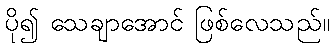
ပို၍ သေချာအောင် ဖြစ်လေသည်။